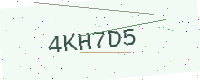
Text: 4KH7D5